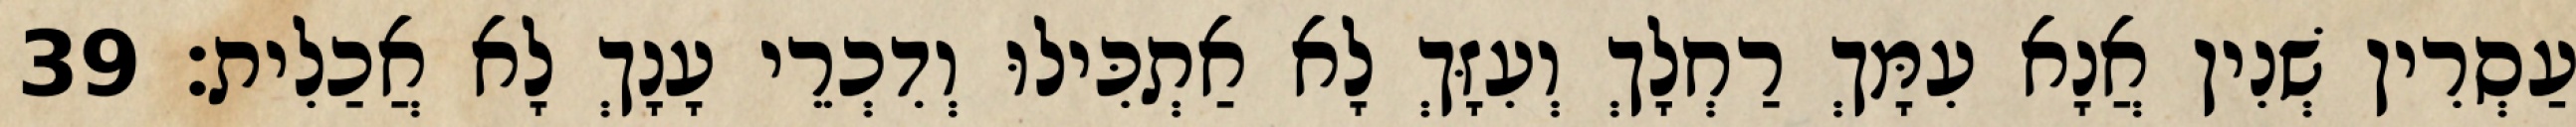
עַסְרִין שְׁנִין אֲנָא עִמָּךְ רַחְלָךְ וְעִזָּךְ לָא אַתְכִּילוּ וְדִכְרֵי עָנָךְ לָא אֲכַלִית׃ 39